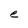
Character: e